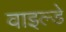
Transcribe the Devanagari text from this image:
वाइल्डे